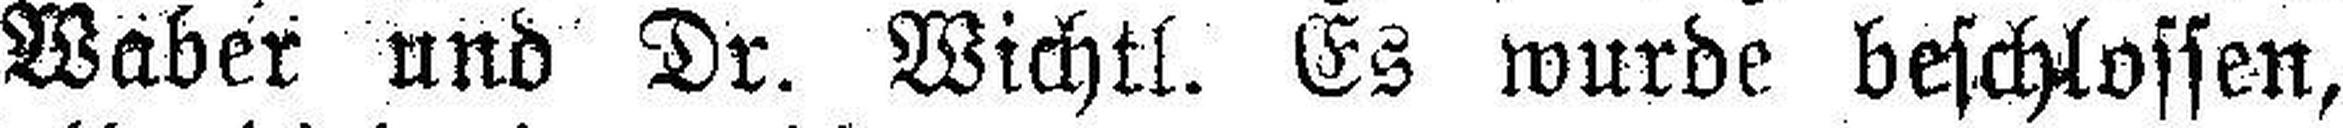
Waber und Dr. Wichtl. Es wurde beschlossen,